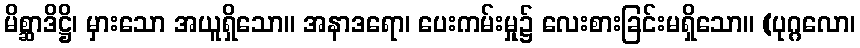
မိစ္ဆာဒိဋ္ဌိ၊ မှားသော အယူရှိသော။ အနာဒရော၊ ပေးကမ်းမှု၌ လေးစားခြင်းမရှိသော။ (ပုဂ္ဂလော၊